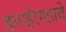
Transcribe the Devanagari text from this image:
कण्हेरगडाचे